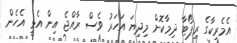
އެމެރިކާގެ ރިޕޯޓާ ދިމާކޮށް މިދިޔަ އަހަރު ވެސް ރާއްޖެ އިން އެޅީ އެހެން